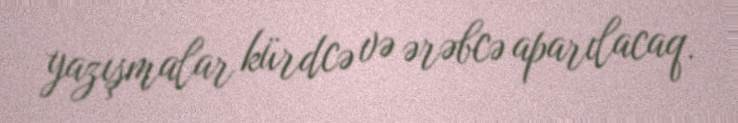
yazışmalar kürdcə və ərəbcə aparılacaq.